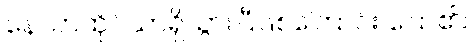
နေသာထိုင်သာရှိသွားပြီဖြစ်ကြောင်း ပြော၏။